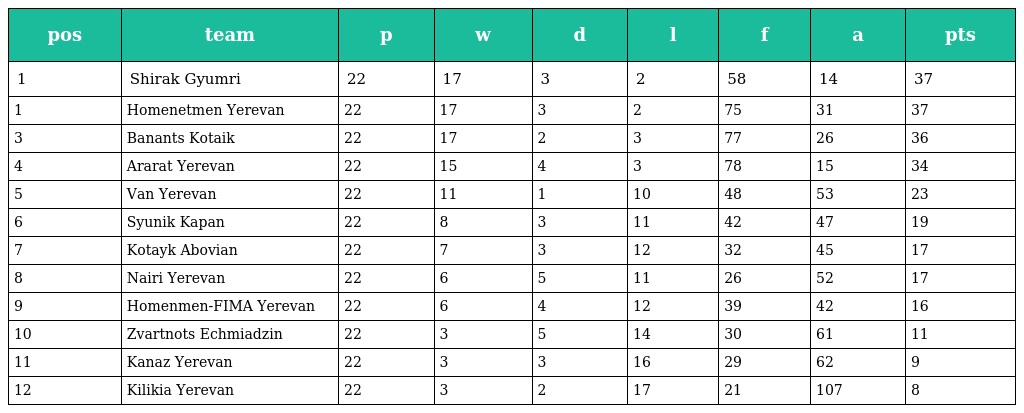
| pos | team | p | w | d | l | f | a | pts |
 | --- | --- | --- | --- | --- | --- | --- | --- | --- |
 | 1 | Shirak Gyumri | 22 | 17 | 3 | 2 | 58 | 14 | 37 |
 | 1 | Homenetmen Yerevan | 22 | 17 | 3 | 2 | 75 | 31 | 37 |
 | 3 | Banants Kotaik | 22 | 17 | 2 | 3 | 77 | 26 | 36 |
 | 4 | Ararat Yerevan | 22 | 15 | 4 | 3 | 78 | 15 | 34 |
 | 5 | Van Yerevan | 22 | 11 | 1 | 10 | 48 | 53 | 23 |
 | 6 | Syunik Kapan | 22 | 8 | 3 | 11 | 42 | 47 | 19 |
 | 7 | Kotayk Abovian | 22 | 7 | 3 | 12 | 32 | 45 | 17 |
 | 8 | Nairi Yerevan | 22 | 6 | 5 | 11 | 26 | 52 | 17 |
 | 9 | Homenmen-FIMA Yerevan | 22 | 6 | 4 | 12 | 39 | 42 | 16 |
 | 10 | Zvartnots Echmiadzin | 22 | 3 | 5 | 14 | 30 | 61 | 11 |
 | 11 | Kanaz Yerevan | 22 | 3 | 3 | 16 | 29 | 62 | 9 |
 | 12 | Kilikia Yerevan | 22 | 3 | 2 | 17 | 21 | 107 | 8 |